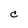
Character: c